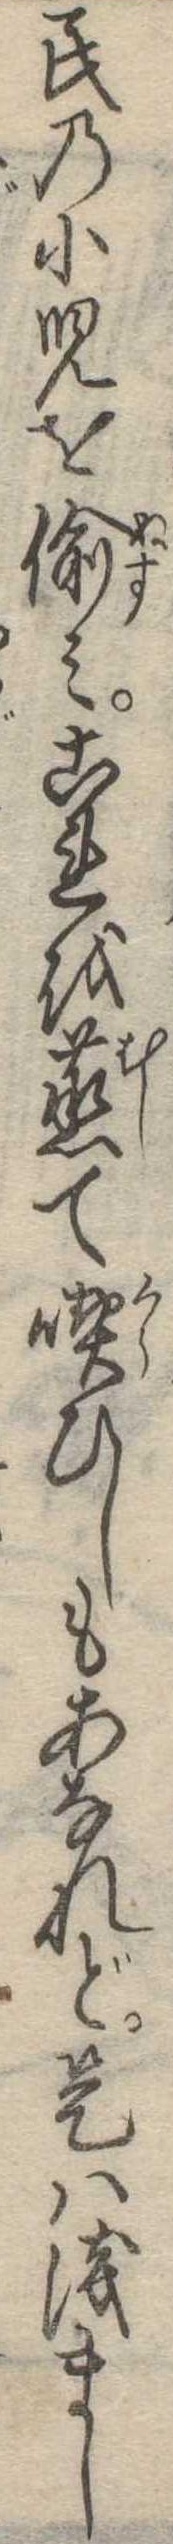
民の小児を偸みこれを蒸て喫ひしもあなれど是は浅まし